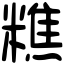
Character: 𥼚